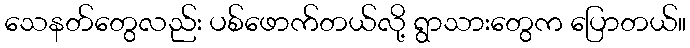
သေနတ်တွေလည်း ပစ်ဖောက်တယ်လို့ ရွာသားတွေက ပြောတယ်။